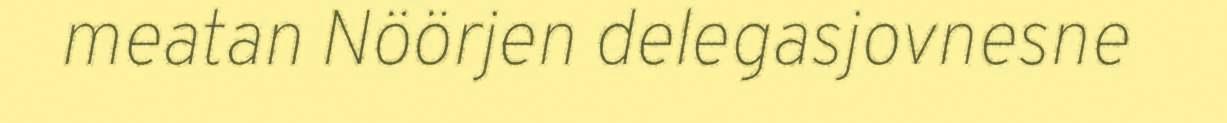
meatan Nöörjen delegasjovnesne